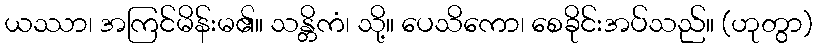
ယဿာ၊ အကြင်မိန်းမ၏။ သန္တိကံ၊ သို့။ ပေသိကော၊ စေခိုင်းအပ်သည်။ (ဟုတွာ)